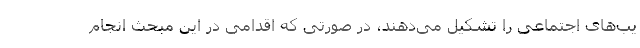
یب‌های اجتماعی را تشکیل می‌دهند، در صورتی که اقدامی در این مبحث انجام